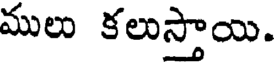
ములు కలుస్తాయి.